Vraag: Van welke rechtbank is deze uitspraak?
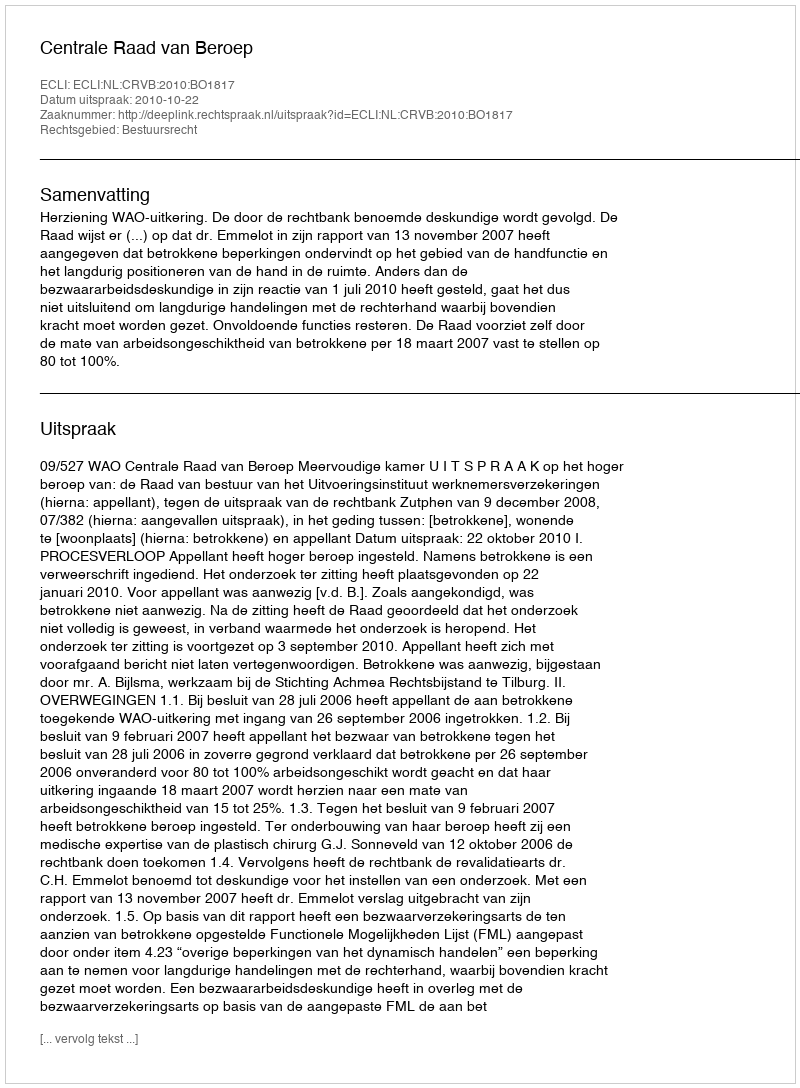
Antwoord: Centrale Raad van Beroep